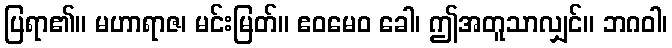
ပြရာ၏။ မဟာရာဇ၊ မင်းမြတ်။ ဧဝမေဝ ခေါ၊ ဤအတူသာလျှင်။ ဘဂဝါ၊